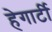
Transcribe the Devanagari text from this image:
हेगार्टी